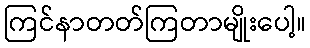
ကြင်နာတတ်ကြတာမျိုးပေါ့။